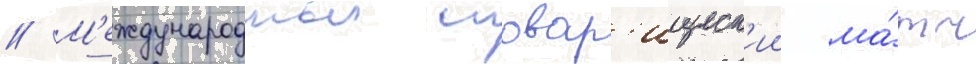
// М'еждународныи товар'ищеск'ии ма́тч